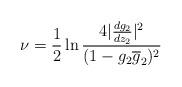
LaTeX: \begin{align*}\nu={1 \over 2} \ln \frac{4|\frac{dg_{2}}{dz_{2}}|^{2}}{(1-g_{2}\overline g_{2})^{2}}\end{align*}